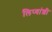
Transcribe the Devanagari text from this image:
लिप्यांशी